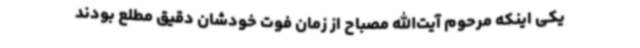
یکی اینکه مرحوم آیت‌الله مصباح از زمان فوت خودشان دقیق مطلع بودند